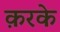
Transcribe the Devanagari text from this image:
क़रके